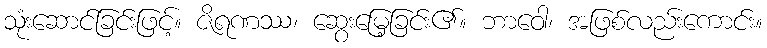
သုံးဆောင်ခြင်းဖြင့်။ ဇိရဏဿ၊ ဆွေးမြေ့ခြင်း၏။ ဘာဝေါ၊ အဖြစ်လည်းကောင်း။